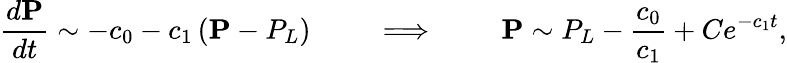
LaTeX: \frac{d\mathbf{P}}{dt}\sim-c_{0}-c_{1}\left(\mathbf{P}-P_{L}\right)\qquad\implies\qquad\mathbf{P}\sim P_{L}-\frac{c_{0}}{c_{1}}+Ce^{-c_{1}t},